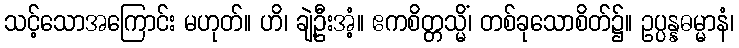
သင့်သောအကြောင်း မဟုတ်။ ဟိ၊ ချဲ့ဦးအံ့။ ဧကစိတ္တသ္မိံ၊ တစ်ခုသောစိတ်၌။ ဥပ္ပန္နဓမ္မာနံ၊